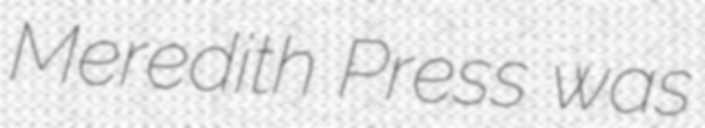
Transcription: Meredith Press was